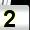
Digit: 2